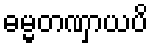
ဓမ္မတဏှာယပိ